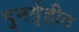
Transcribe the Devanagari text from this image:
पुनर्गृहीत